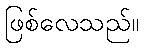
ဖြစ်လေသည်။